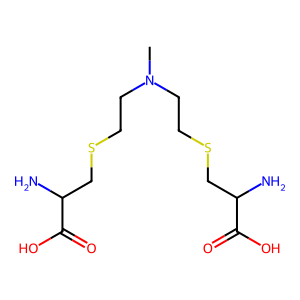
SMILES: CN(CCSCC(N)C(=O)O)CCSCC(N)C(=O)O
Inhibits HIV replication: No